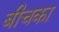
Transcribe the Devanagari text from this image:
बीचका